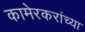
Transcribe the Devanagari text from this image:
कामेरकरांच्या